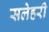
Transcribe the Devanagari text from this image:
सलेहरी